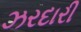
ઝરદારી